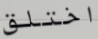
اختلق